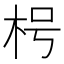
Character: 枵